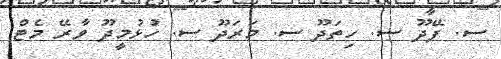
ސ. ފޭދޫ ސ. ހިތަދޫ ސ. މަރަދޫ ސ. ހުޅުމީދޫ ވާރޭ މެޓް